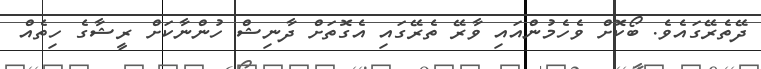
ދޭތެރޭގައެވެ. ބޯކޮށް ވެހެމުންއައި ވާރޭ ތެރޭގައި އެގޮތަށް ދާނިޝް ހުންނާކަަށް ރީޝާގެ ހިތެެއް